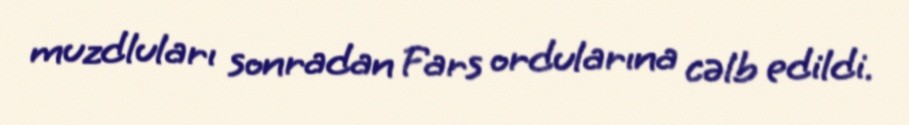
muzdluları sonradan Fars ordularına cəlb edildi.